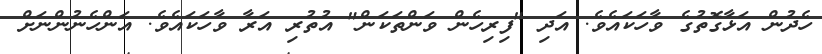
ހެދުން އަޅާގޮތުގެ ވާހަކައެވެ. އަދި "ފިރިހެން ވަންތަކަން" އުތުރި އަރާ ވާހަކައެވެ. އަންހެނުންނަށް